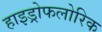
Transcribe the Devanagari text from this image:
हाइड्रोफलोरिक